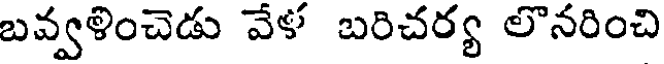
బవ్వళించెడు వేళ బరిచర్య లొనరించి